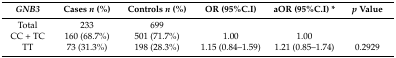
<table><thead><tr><td><b><i>GNB3</i></b></td><td><b>Cases <i>n</i> (%)</b></td><td><b>Controls <i>n</i> (%)</b></td><td><b>OR (95%C.I)</b></td><td><b>aOR (95%C.I) *</b></td><td><b><i>p</i> Value</b></td></tr></thead><tbody><tr><td>Total</td><td>233</td><td>699</td><td>[EMPTY_CELL]</td><td>[EMPTY_CELL]</td><td>[EMPTY_CELL]</td></tr><tr><td>CC + TC</td><td>160(68.7%)</td><td>501(71.7%)</td><td>1.00</td><td>1.00</td><td>[EMPTY_CELL]</td></tr><tr><td>TT</td><td>73(31.3%)</td><td>198(28.3%)</td><td>1.15(0.84–1.59)</td><td>1.21(0.85–1.74)</td><td>0.2929</td></tr></tbody></table>